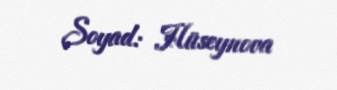
Soyad: Hüseynova